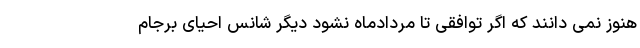
هنوز نمی دانند که اگر توافقی تا مردادماه نشود دیگر شانس احیای برجام